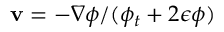
\mathbf { v } = - \nabla \phi / ( \phi _ { t } + 2 \epsilon \phi )